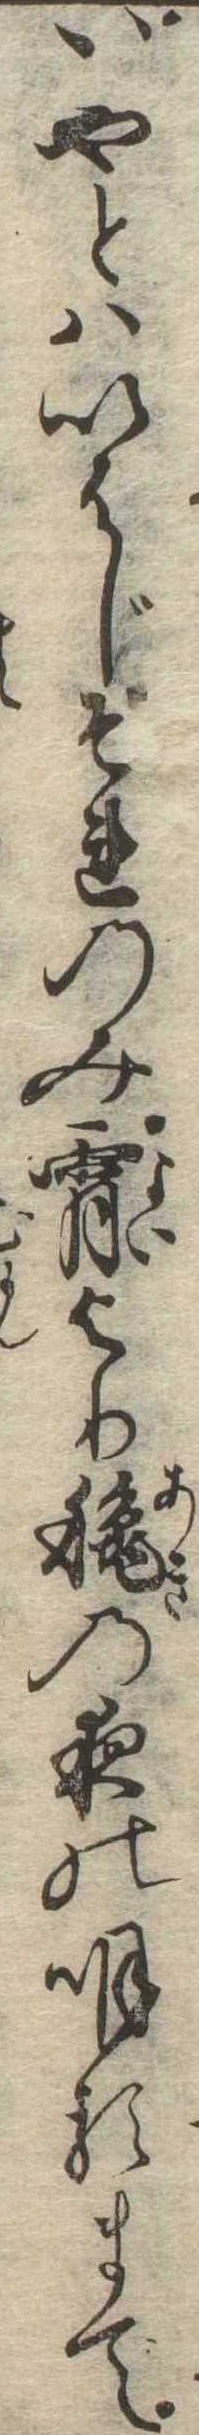
いやとはいはじそれのみ宵より秋の夜の明るまで